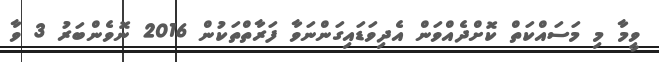
ވީމާ މި މަސައްކަތް ކޮށްދެއްވަން އެދިވަޑައިގަންނަވާ ފަރާތްތަކުން 2016 ނޮވެންބަރު 3 ވާ